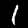
Digit: 1